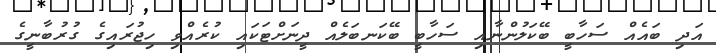
އަދި ބައެއް ސަހާބީ ބޭކަލުންނާއި ސަހާބީ ބޭކަނބަލެއް ދީނަށްޓަކައި ކުރެއްވި ހިޖުރައިގެ ގުރުބާނީގެ